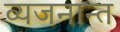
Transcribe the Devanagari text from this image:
व्यजनान्त